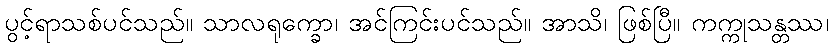
ပွင့်ရာသစ်ပင်သည်။ သာလရုက္ခော၊ အင်ကြင်းပင်သည်။ အာသိ၊ ဖြစ်ပြီ။ ကက္ကုသန္တဿ၊